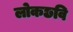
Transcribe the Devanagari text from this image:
लोकछवि